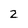
Character: 2